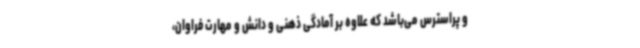
و پراسترس می‌باشد که علاوه بر آمادگی ذهنی و دانش و مهارت فراوان،